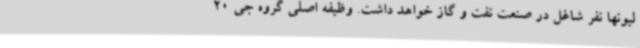
لیونها نفر شاغل در صنعت نفت و گاز خواهد داشت. وظیفه اصلی گروه جی 20